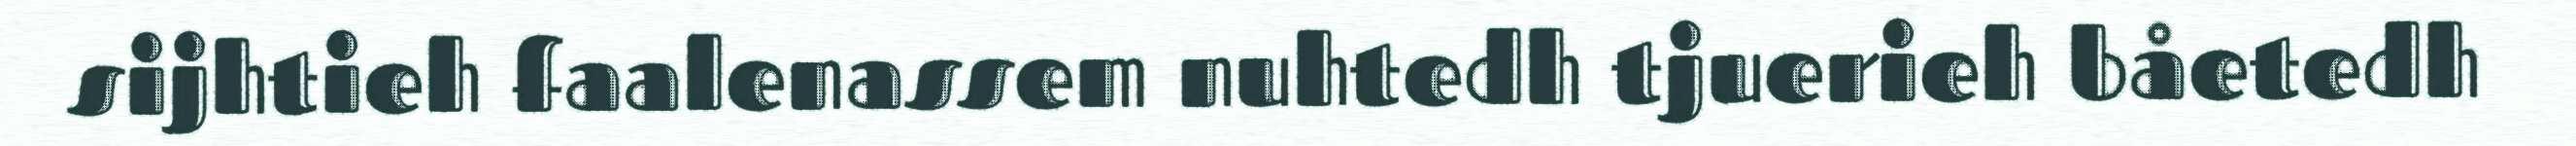
sijhtieh faalenassem nuhtedh tjuerieh båetedh